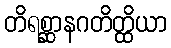
တိရစ္ဆာနဂတိတ္ထိယာ